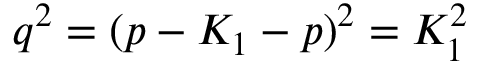
q ^ { 2 } = ( p - K _ { 1 } - p ) ^ { 2 } = K _ { 1 } ^ { 2 }